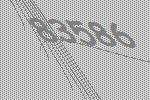
83586